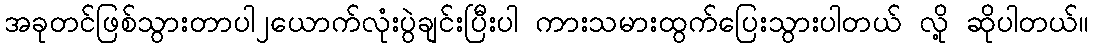
အခုတင်ဖြစ်သွားတာပါ၂ယောက်လုံးပွဲချင်းပြီးပါ ကားသမားထွက်ပြေးသွားပါတယ် လို့ ဆိုပါတယ်။